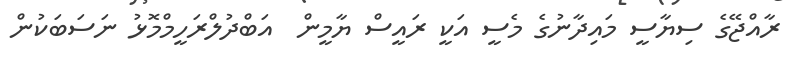
ރާއްޖޭގެ ސިޔާސީ މައިދާނުގެ މެސީ އަކީ ރައީސް ޔާމީން  އަބްދުލްރަހީމްމޮޅު ނަސަބަކުން